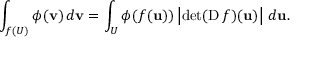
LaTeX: \int _ { f ( U ) } \phi ( \mathbf { v } ) \, d \mathbf { v } = \int _ { U } \phi ( f ( \mathbf { u } ) ) \left| \operatorname* { d e t } ( \operatorname { D } f ) ( \mathbf { u } ) \right| \, d \mathbf { u } .